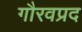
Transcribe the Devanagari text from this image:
गौरवप्रद